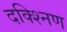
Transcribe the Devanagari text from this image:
दक्श्निण